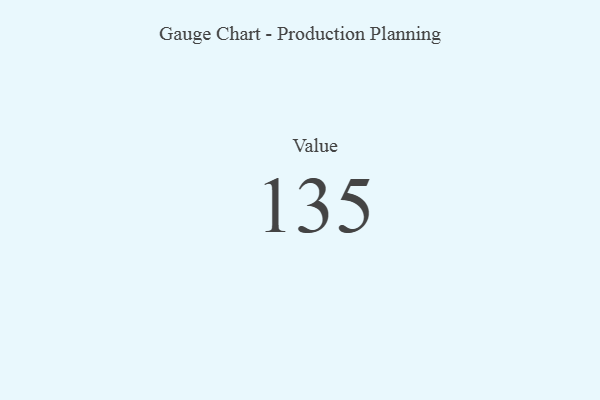
{"axis": {"x": "Metric", "y": "Value"}, "legend": [""], "data": [{"x": "Value", "y": 135, "type": ""}]}